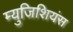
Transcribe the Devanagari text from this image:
म्युजिशियंस